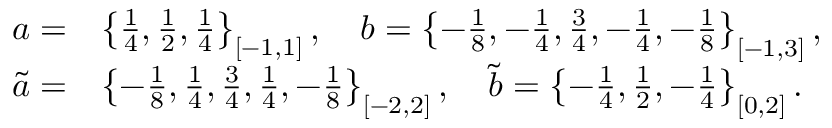
\begin{array} { r l } { a = } & { \left\{ \frac { 1 } { 4 } , \frac { 1 } { 2 } , \frac { 1 } { 4 } \right\} _ { [ - 1 , 1 ] } , \quad b = \left\{ - \frac { 1 } { 8 } , - \frac { 1 } { 4 } , \frac { 3 } { 4 } , - \frac { 1 } { 4 } , - \frac { 1 } { 8 } \right\} _ { [ - 1 , 3 ] } , } \\ { \tilde { a } = } & { \left\{ - \frac { 1 } { 8 } , \frac { 1 } { 4 } , \frac { 3 } { 4 } , \frac { 1 } { 4 } , - \frac { 1 } { 8 } \right\} _ { [ - 2 , 2 ] } , \quad \tilde { b } = \left\{ - \frac { 1 } { 4 } , \frac { 1 } { 2 } , - \frac { 1 } { 4 } \right\} _ { [ 0 , 2 ] } . } \end{array}